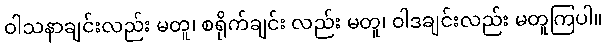
ဝါသနာချင်းလည်း မတူ၊ စရိုက်ချင်း လည်း မတူ၊ ဝါဒချင်းလည်း မတူကြပါ။